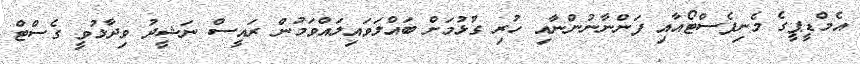
އެމްޑީޕީގެ މެނިފެސްޓޯއާއި ފަންނާނުންނާއި ހުރި ގުޅުމަށް ބައްލަވައިލައްވަމުން ރައީސް ނަޝީދު ވިދާޅުވީ ގެސްޓް